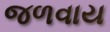
જળવાય